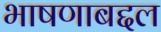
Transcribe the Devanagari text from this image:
भाषणाबद्दल